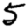
Digit: 5